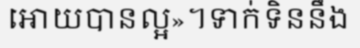
អោយបានល្អ»។ទាក់ទិននឹង